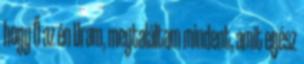
hogy Ő az én Uram, megtaláltam mindent, amit egész